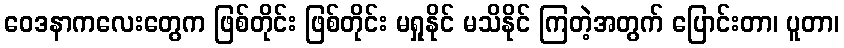
ဝေဒနာကလေးတွေက ဖြစ်တိုင်း ဖြစ်တိုင်း မရှုနိုင် မသိနိုင် ကြတဲ့အတွက် ပြောင်းတာ၊ ပူတာ၊